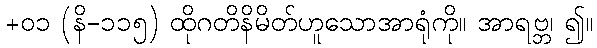
+၀၁ (နိ-၁၁၅) ထိုဂတိနိမိတ်ဟူသောအာရုံကို။ အာရဗ္ဘ၊ ၍။